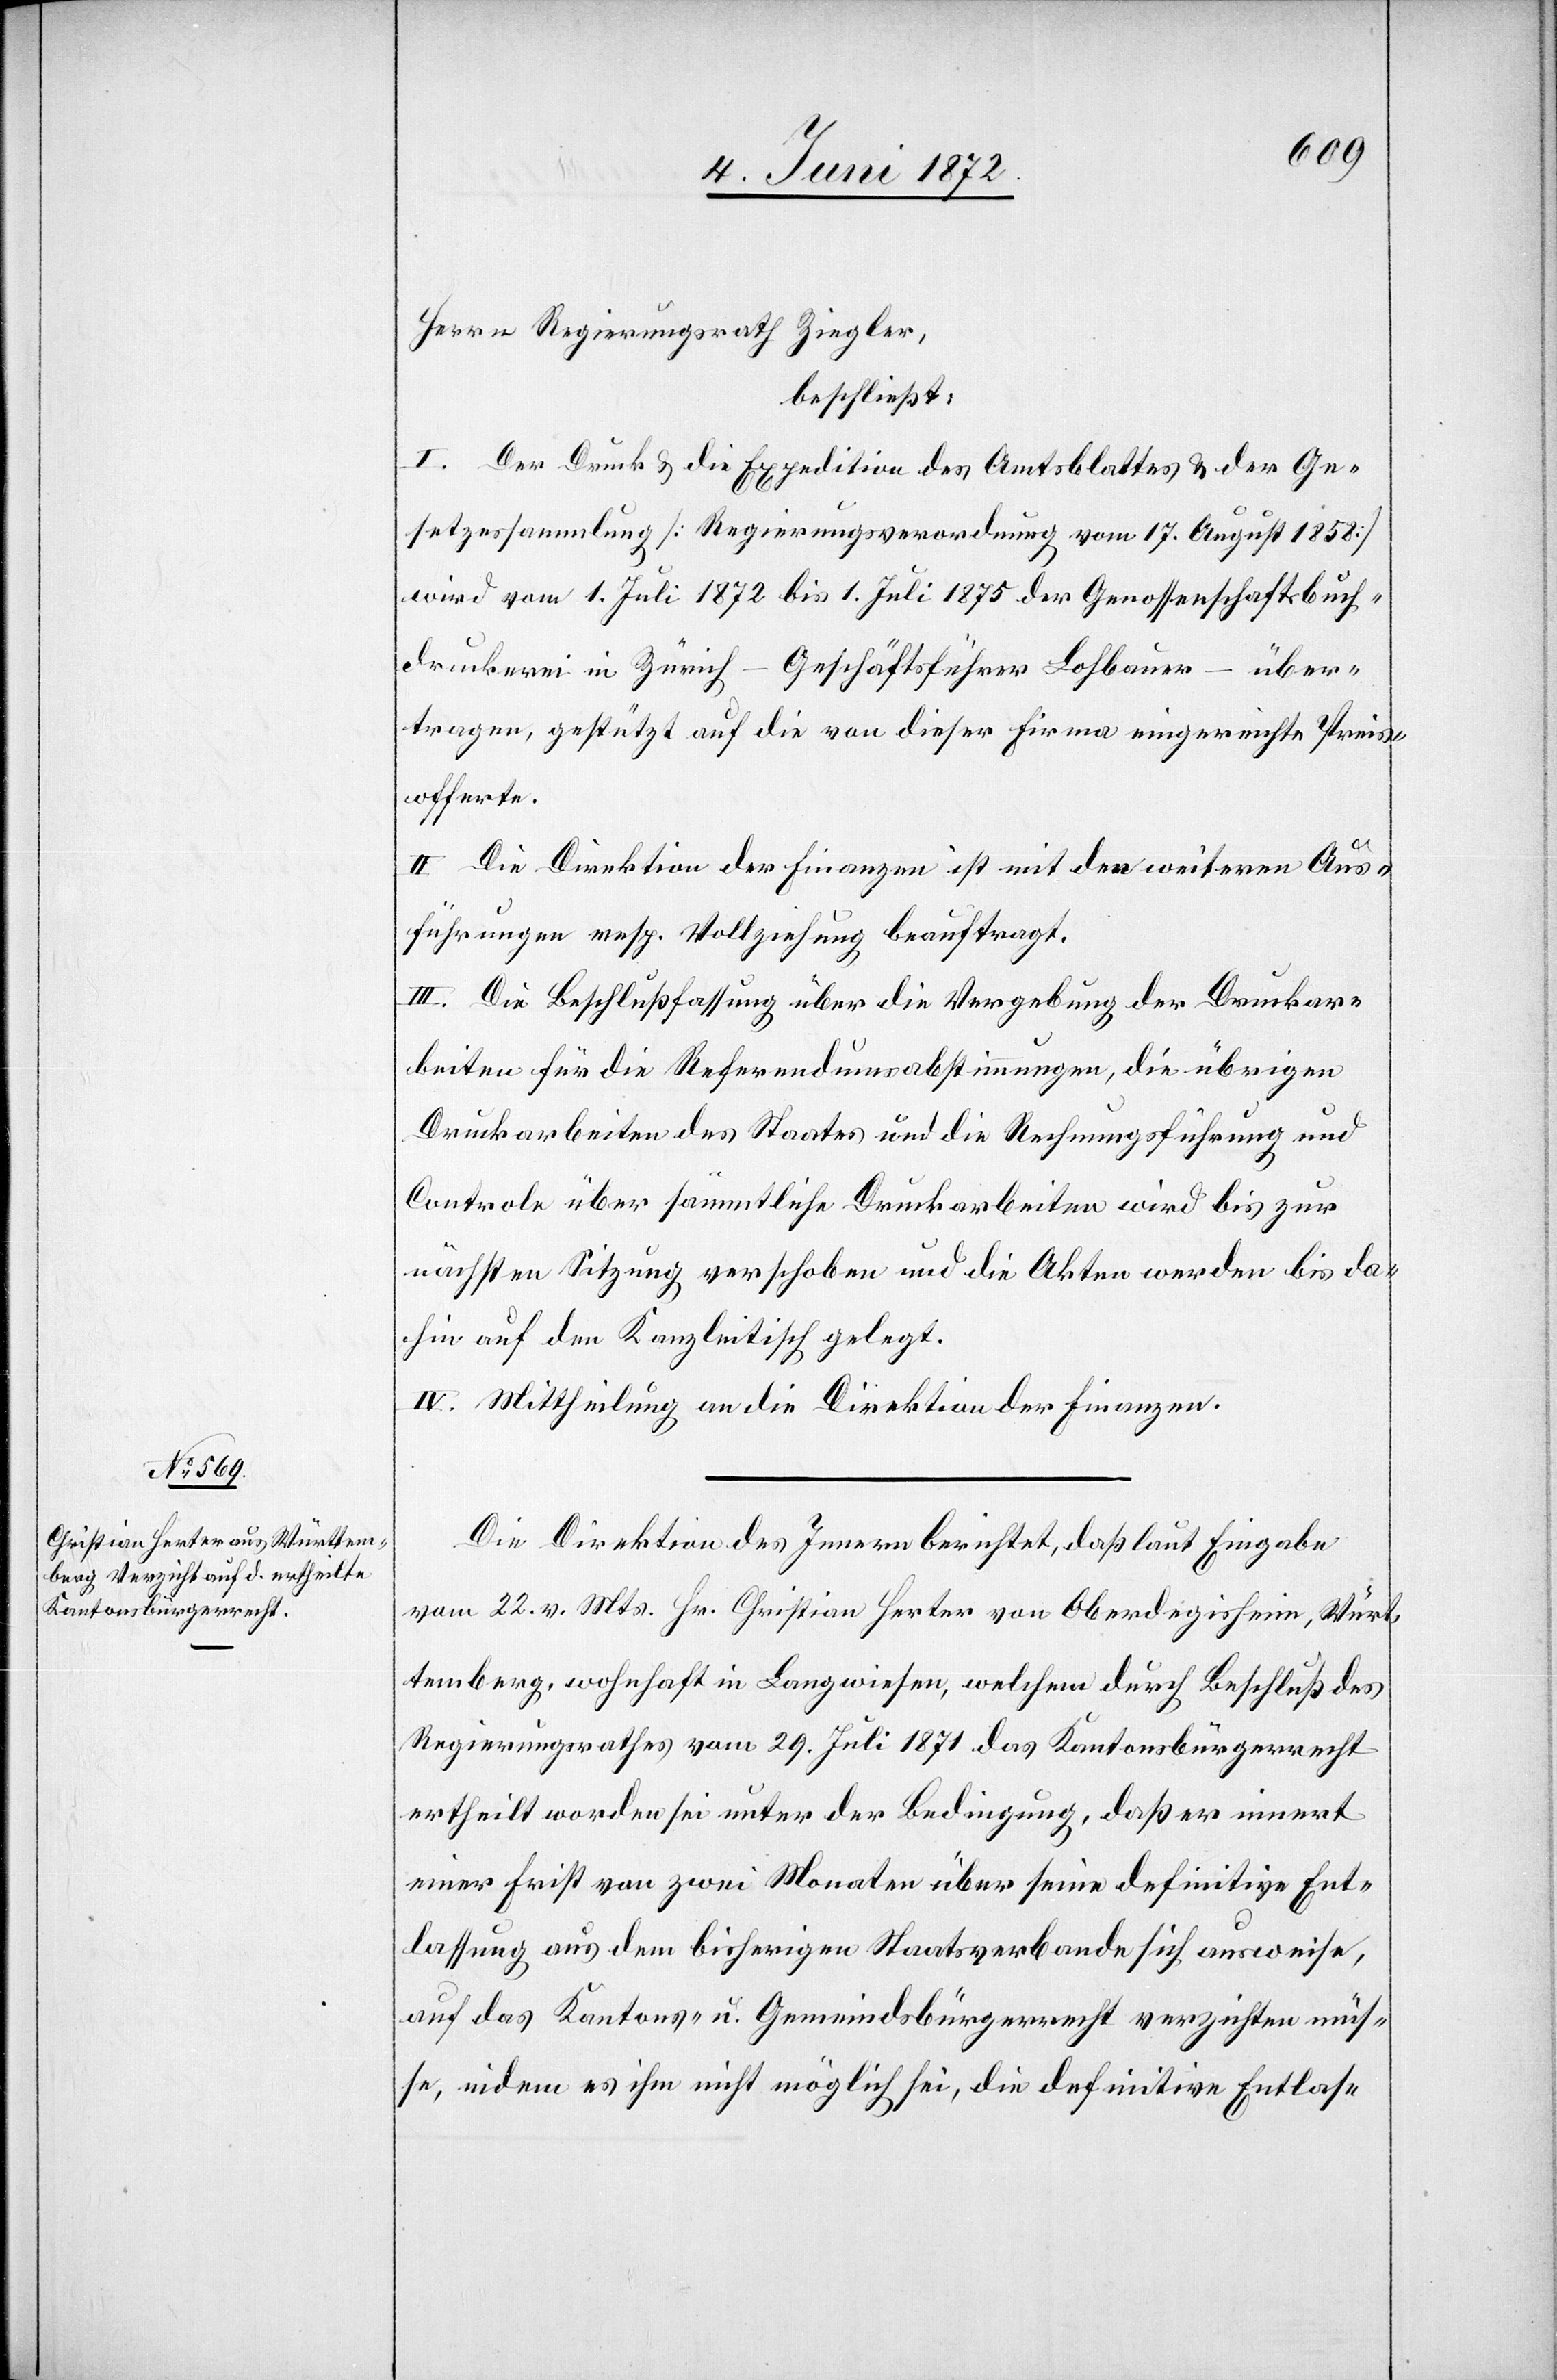
Herrn Regierungsrath Ziegler,
beschließt:
I. Der Druck u. die Expedition des Amtsblattes u. der Ge¬
setzessammlung [Regierungsverordnung vom 17. August 1858]
wird vom 1. Juli 1872 bis 1. Juli 1875 der Genossenschaftsbuch¬
druckerei in Zürich – Geschäftsführer Lohbauer – über¬
tragen, gestützt auf die von dieser Firma eingereichte Preis¬
offerte.
II. Die Direktion der Finanzen ist mit den weiteren Aus¬
führungen resp. Vollziehung beauftragt.
III. Die Beschlußfassung über die Vergebung der Druckar¬
beiten für die Referendumsabstimmungen, die übrigen
Druckarbeiten des Staates und die Rechnungsführung und
Controle über sämmtliche Druckarbeiten wird bis zur
nächsten Sitzung verschoben und die Akten werden bis da¬
hin auf den Kanzleitisch gelegt.
IV. Mittheilung an die Direktion der Finanzen.
Die Direktion des Innern berichtet, daß laut Eingabe
vom 22. v. Mts. Hr. Christian Herter von Oberdegisheim, Würt¬
temberg, wohnhaft in Langwiesen, welchem durch Beschluß des
Regierungsrathes vom 29. Juli 1871 das Kantonsbürgerrecht
ertheilt worden sei unter der Bedingung, daß er innert
einer Frist von zwei Monaten über seine definitive Ent¬
lassung aus dem bisherigen Staatsverbande sich ausweise,
auf das Kantons- u. Gemeindsbürgerrecht verzichten müs¬
se, indem es ihm nicht möglich sei, die definitive Entlas-